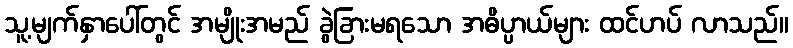
သူ့မျက်နှာပေါ်တွင် အမျိုးအမည် ခွဲခြားမရသော အဓိပ္ပာယ်များ ထင်ဟပ် လာသည်။